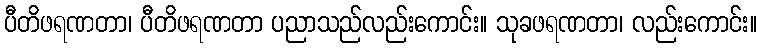
ပီတိဖရဏတာ၊ ပီတိဖရဏတာ ပညာသည်လည်းကောင်း။ သုခဖရဏတာ၊ လည်းကောင်း။